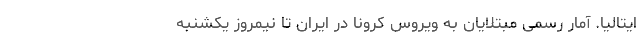
ایتالیا. آمار رسمی مبتلایان به ویروس کرونا در ایران تا نیمروز یکشنبه